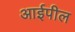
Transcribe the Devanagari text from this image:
आईपील